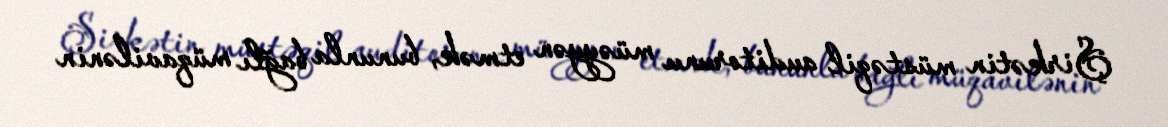
Şirkətin müstəqil auditorunu müəyyən etmək, bununla bağlı müqavilənin